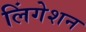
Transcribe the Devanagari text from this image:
लिंगेशन